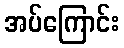
အပ်ကြောင်း